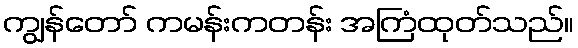
ကျွန်တော် ကမန်းကတန်း အကြံထုတ်သည်။